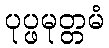
ပုပ္ဖမုတ္တမံ